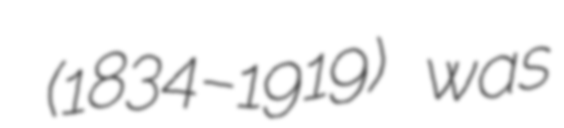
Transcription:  (1834–1919) was